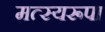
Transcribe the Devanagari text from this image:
मत्स्यरूपा